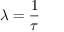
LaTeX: \lambda = { \frac { 1 } { \tau } }